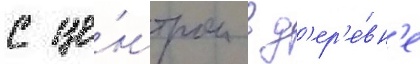
с це́нтром в д'ер'е́вн'е